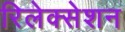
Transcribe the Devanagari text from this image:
रिलेक्सेशन